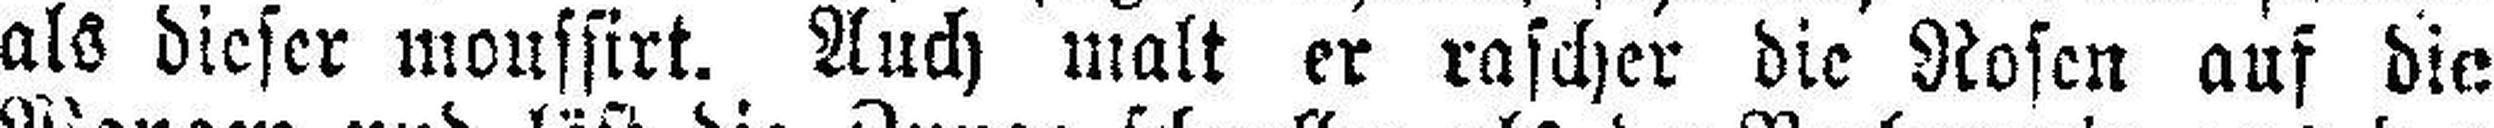
als dieser moussirt. Auch malt er rascher die Rosen auf die